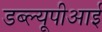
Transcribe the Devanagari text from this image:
डब्ल्यूपीआई